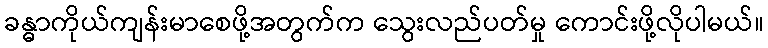
ခန္ဓာကိုယ်ကျန်းမာစေဖို့အတွက်က သွေးလည်ပတ်မှု ကောင်းဖို့လိုပါမယ်။